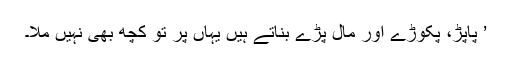
’ پاپڑ، پکوڑے اور مال پڑے بناتے ہیں یہاں پر تو کچھ بھی نہیں ملا۔